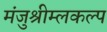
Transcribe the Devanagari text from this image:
मंजुश्रीम्लकल्प